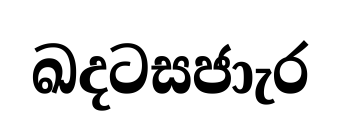
ඛදටසජාැර